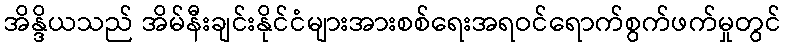
အိန္ဒိယသည် အိမ်နီးချင်းနိုင်ငံများအားစစ်ရေးအရဝင်ရောက်စွက်ဖက်မှုတွင်